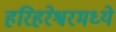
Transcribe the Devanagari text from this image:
हरिहरेश्वरमध्ये